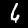
Digit: 6